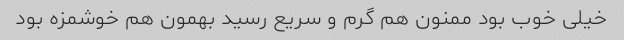
خیلی خوب بود ممنون هم گرم و سریع رسید بهمون هم خوشمزه بود